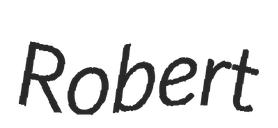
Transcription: Robert